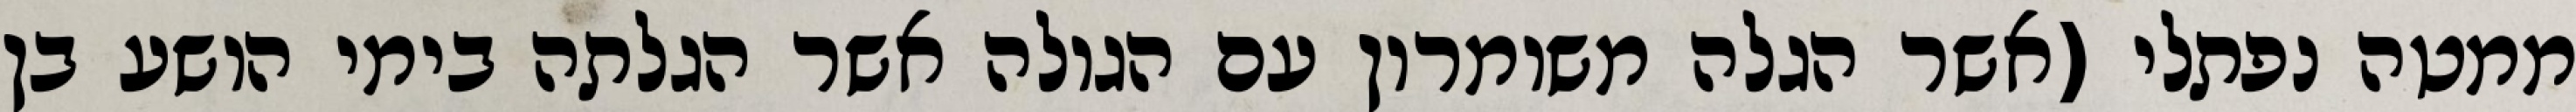
ממטה נפתלי (אשר הגלה משומרון עם הגולה אשר הגלתה בימי הושע בן